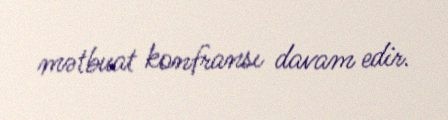
mətbuat konfransı davam edir.